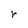
Character: r